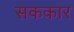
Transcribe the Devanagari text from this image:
सककार